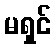
မရှင်